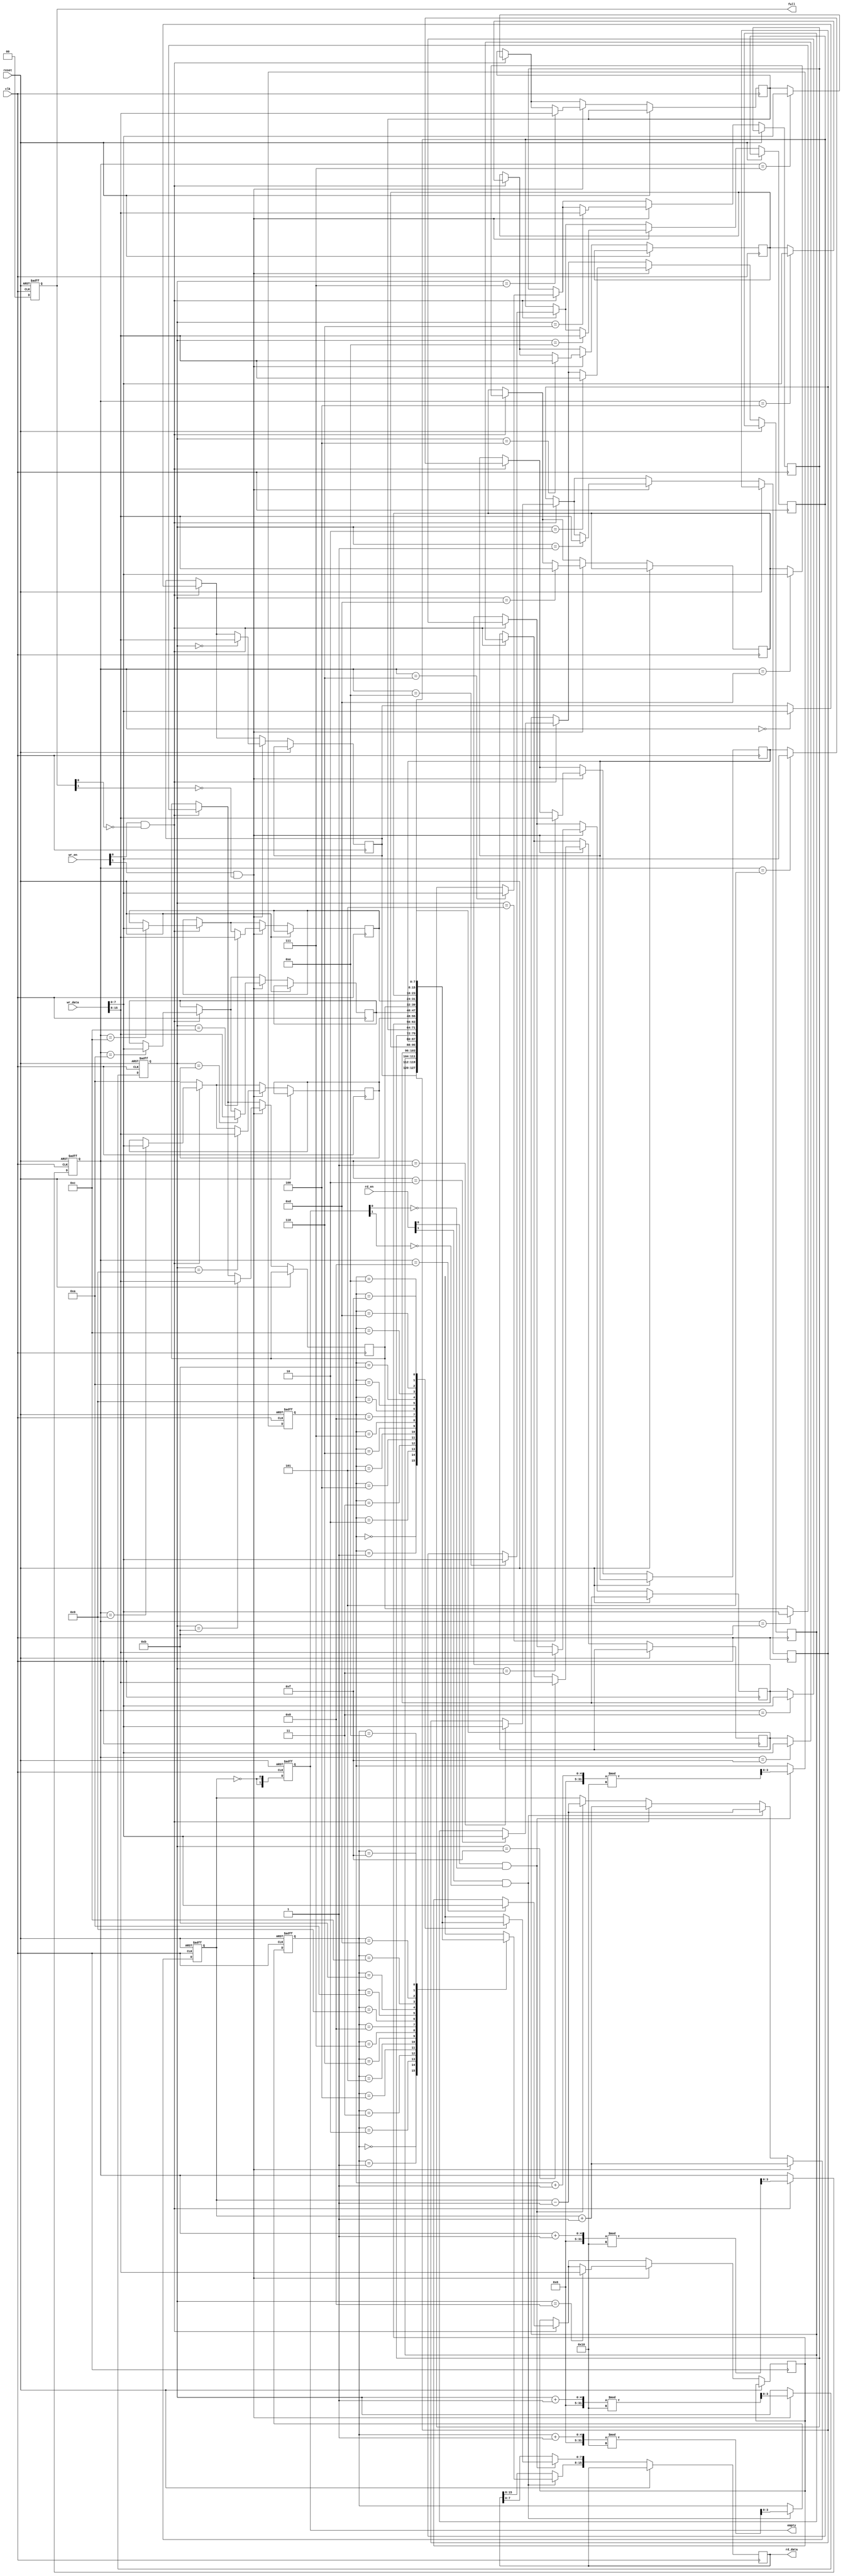
module multiport_fifo #(
    parameter N = 8,  // Data width
    parameter D = 16, // Depth
    parameter P = 2   // Port count
) (
    input wire clk,
    input wire reset,
    
    // Write ports
    input wire [P-1:0] wr_en,              // Write enable for each port
    input wire [N*P-1:0] wr_data,          // Write data for each port
    output wire [P-1:0] full,               // Full status for each port
    
    // Read ports
    input wire [P-1:0] rd_en,               // Read enable for each port
    output wire [N*P-1:0] rd_data,          // Read data for each port
    output wire [P-1:0] empty               // Empty status for each port
);

    // Memory array
    reg [N-1:0] fifo_mem [0:D-1];

    // Pointers for each write and read port
    reg [clog2(D)-1:0] wr_ptr [0:P-1];
    reg [clog2(D)-1:0] rd_ptr [0:P-1];
    
    // Status flags
    reg [P-1:0] fifo_full;
    reg [P-1:0] fifo_empty;
    reg [P-1:0] data_count;

    // Helper function to calculate log2
    function integer clog2(input integer value);
        begin
            value = value - 1;
            for (clog2 = 0; value > 0; clog2 = clog2 + 1)
                value = value >> 1;
        end
    endfunction

    // Initialize states
    integer i;
    always @(posedge clk or posedge reset) begin
        if (reset) begin
            for (i = 0; i < P; i = i + 1) begin
                wr_ptr[i] <= 0;
                rd_ptr[i] <= 0;
            end
            fifo_full <= 0;
            fifo_empty <= {P{1'b1}}; // All ports initially empty
            data_count <= 0;
        end else begin
            // Write operation
            for (i = 0; i < P; i = i + 1) begin
                if (wr_en[i] && !fifo_full[i]) begin
                    fifo_mem[wr_ptr[i]] <= wr_data[N*i +: N];
                    wr_ptr[i] <= (wr_ptr[i] + 1) % D;
                end
                fifo_full[i] <= (data_count == D - 1);
            end
            
            // Read operation
            for (i = 0; i < P; i = i + 1) begin
                if (rd_en[i] && !fifo_empty[i]) begin
                    rd_data[N*i +: N] <= fifo_mem[rd_ptr[i]];
                    rd_ptr[i] <= (rd_ptr[i] + 1) % D;
                end
                fifo_empty[i] <= (data_count == 0);
            end
            
            // Update data count
            for (i = 0; i < P; i = i + 1) begin
                if (wr_en[i] && !fifo_full[i]) begin
                    data_count <= data_count + 1;
                end else if (rd_en[i] && !fifo_empty[i]) begin
                    data_count <= data_count - 1;
                end
            end
        end
    end

    // Assign full and empty signals
    assign full = fifo_full;
    assign empty = fifo_empty;

endmodule